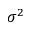
\sigma ^ { 2 }